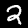
Digit: 2